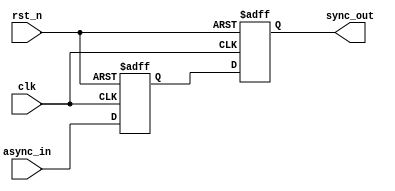
module synchronizer(async_in, clk, rst_n, sync_out);

//This circuit performs the synchronization of async input with clock

input async_in, clk, rst_n;
output sync_out;

reg sync1, sync2;

always@(posedge clk or negedge rst_n)
begin
if(~rst_n)
begin
sync1<=1'b0;
sync2<=1'b0;
end
else
begin
sync1<=async_in;
sync2<=sync1;
end
end

assign sync_out=sync2;
endmodule